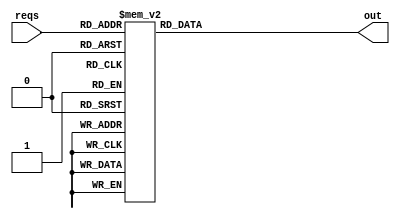
module prio_encode (reqs,out);
input [5:0] reqs;
output [2:0] out;
reg [2:0] out;

    always @(*) begin
      case(reqs)
        // 0 is special, no reqs
        6'd0: out = 0;

        6'd1: out = 1;
        6'd2: out = 2;
        6'd3: out = 1;
        6'd4: out = 3;
        6'd5: out = 1;
        6'd6: out = 2;
        6'd7: out = 1;
        6'd8: out = 4;
        6'd9: out = 1;
        6'd10: out = 2;
        6'd11: out = 1;
        6'd12: out = 3;
        6'd13: out = 1;
        6'd14: out = 2;
        6'd15: out = 1;
        6'd16: out = 5;
        6'd17: out = 1;
        6'd18: out = 2;
        6'd19: out = 1;
        6'd20: out = 3;
        6'd21: out = 1;
        6'd22: out = 2;
        6'd23: out = 1;
        6'd24: out = 4;
        6'd25: out = 1;
        6'd26: out = 2;
        6'd27: out = 1;
        6'd28: out = 3;
        6'd29: out = 1;
        6'd30: out = 2;
        6'd31: out = 1;
        6'd32: out = 6;
        6'd33: out = 1;
        6'd34: out = 2;
        6'd35: out = 1;
        6'd36: out = 3;
        6'd37: out = 1;
        6'd38: out = 2;
        6'd39: out = 1;
        6'd40: out = 4;
        6'd41: out = 1;
        6'd42: out = 2;
        6'd43: out = 1;
        6'd44: out = 3;
        6'd45: out = 1;
        6'd46: out = 2;
        6'd47: out = 1;
        6'd48: out = 5;
        6'd49: out = 1;
        6'd50: out = 2;
        6'd51: out = 1;
        6'd52: out = 3;
        6'd53: out = 1;
        6'd54: out = 2;
        6'd55: out = 1;
        6'd56: out = 4;
        6'd57: out = 1;
        6'd58: out = 2;
        6'd59: out = 1;
        6'd60: out = 3;
        6'd61: out = 1;
        6'd62: out = 2;
        6'd63: out = 1;
      endcase
    end
endmodule